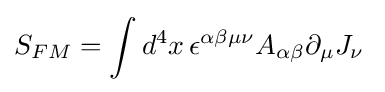
S_{FM}=\int d^{4}x\,\epsilon ^{\alpha \beta \mu \nu }A_{\alpha \beta }\partial _{\mu }J_{\nu }\;